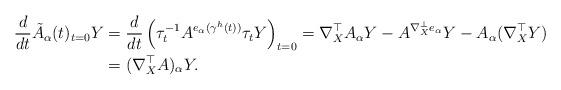
LaTeX: \begin{align*}\frac{d}{dt}\tilde{A}_{\alpha}(t)_{t=0}Y &=\frac{d}{dt}\left(\tau_t^{-1}A^{e_{\alpha}(\gamma^h(t))}\tau_t Y\right)_{t=0}=\nabla^{\top}_X A_{\alpha}Y-A^{\nabla^{\bot}_Xe_{\alpha}}Y-A_{\alpha}(\nabla^{\top}_XY)\\&=(\nabla^{\top}_XA)_{\alpha}Y.\end{align*}